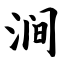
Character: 涧